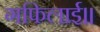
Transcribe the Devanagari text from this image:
गफिलाई॥